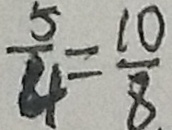
\frac { 5 } { 4 } = \frac { 1 0 } { 8 }